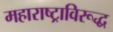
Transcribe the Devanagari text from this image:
महाराष्ट्राविरूद्ध